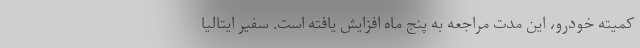
کمیته خودرو، این مدت مراجعه به پنج ماه افزایش یافته است. سفیر ایتالیا